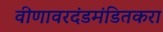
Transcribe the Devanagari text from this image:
वीणावरदंडमंडितकरा